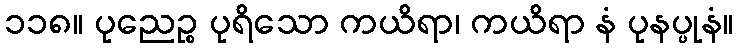
၁၁၈။ ပုညေဉ္စ ပုရိသော ကယိရာ၊ ကယိရာ နံ ပုနပ္ပုနံ။